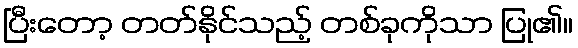
ပြီးတော့ တတ်နိုင်သည့် တစ်ခုကိုသာ ပြု၏။